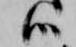
候